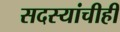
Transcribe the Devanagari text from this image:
सदस्यांचीही